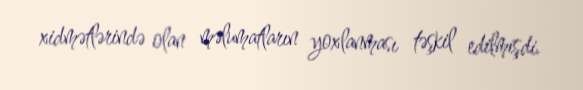
xidmətlərində olan məlumatların yoxlanması təşkil edilmişdi.